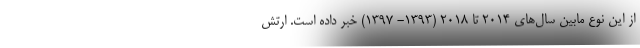
از این نوع مابین سال‌های ۲۰۱۴ تا ۲۰۱۸ (۱۳۹۳- ۱۳۹۷) خبر داده است. ارتش